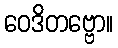
ဝေဒိတဗ္ဗော။